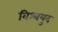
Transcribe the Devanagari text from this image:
विश्‍वयुद